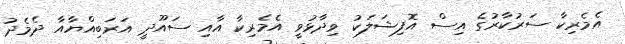
އެމެރިކާ ސަރުކާރުގެ އިސް އޮފިޝަލަކު ވިދާޅުވީ އެމެރިކާ އާއި ސައޫދީ އަރަބިއްޔާއާ ދެމެދު